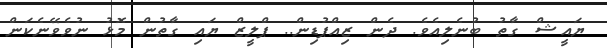
ޔައީޝް ގާތު ބުނެލިއެވެ. ދެން ޒިއްޕުޑިން.. ޕްލީޒް ޔައި ގާތުން މޮޅު ނުވެވޭނެކަން